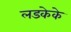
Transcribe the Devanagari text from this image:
लडकेके